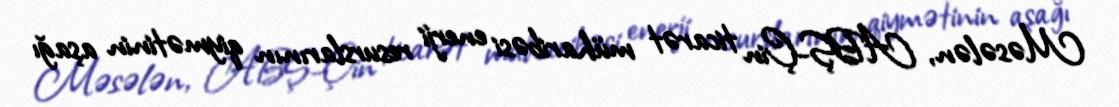
Məsələn, ABŞ-Çin ticarət müharibəsi enerji resurslarının qiymətinin aşağı